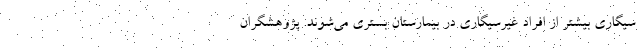
سیگاری بیشتر از افراد غیرسیگاری در بیمارستان بستری می‌شوند. پژوهشگران